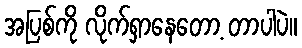
အပြစ်ကို လိုက်ရှာနေတော့ တာပါပဲ။